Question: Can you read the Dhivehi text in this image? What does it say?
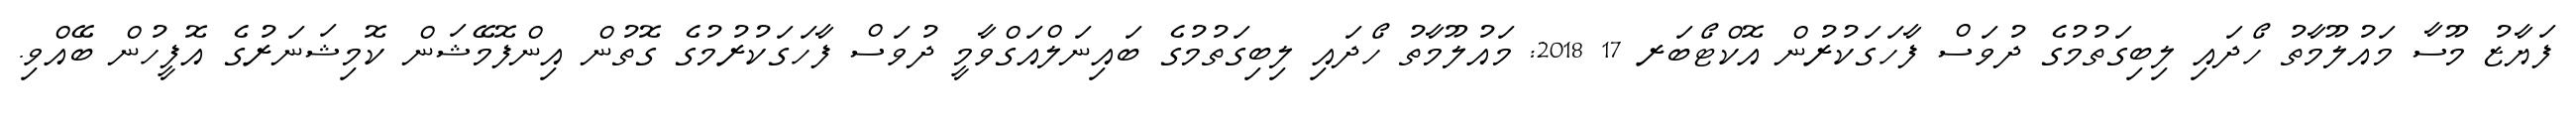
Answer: ފަޔާޒު މޫސާ މައުލޫމާތު ހޯދައި ލިބިގަތުމުގެ ދުވަސް ފާހަގަކުރުން އޮކްޓޯބަރ 17 2018: މައުލޫމާތު ހޯދައި ލިބިގަތުމުގެ ބައިނަލްއަގްވާމީ ދުވަސް ފާހަގަކުރުމުގެ ގޮތުން އިންފޮމޭޝަން ކޮމިޝަނަރުގެ އޮފީހުން ބޭއްވި.